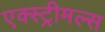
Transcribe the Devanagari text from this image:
एक्स्ट्रीमल्स